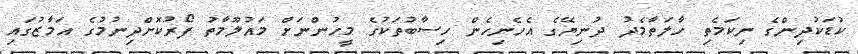
ކުޑަކުދިންގެ ނިކަމެތި ހާލަތާމެދު ދުނިޔޭގެ އެހެނިހެން ހިސާބުތަކުގެ މީހުންނަށް މައުލޫމާތު ފޯރުކޮށްދިނުމުގެ އަމާޒުގައި